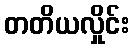
တတိယလှိုင်း